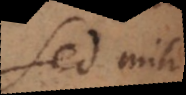
Sed mihi